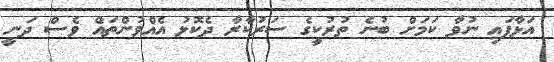
އަޅާފައި ނުވާ ކަމަށް ބުނެ ތުރުކީގެ ސަރުކާރާ ދެކޮޅު އެއްވުންތައް ވެސް ދަނީ